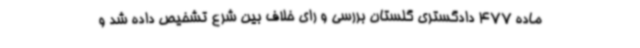
ماده 477 دادگستری گلستان بررسی و رای خلاف بین شرع تشخیص داده شد و